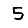
Digit: 5